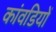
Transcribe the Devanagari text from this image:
कांवडियों